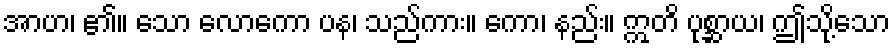
အာဟ၊ ၏။ သော လောကော ပန၊ သည်ကား။ ကော၊ နည်း။ ဣတိ ပုစ္ဆာယ၊ ဤသို့သော